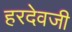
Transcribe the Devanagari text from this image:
हरदेवजी